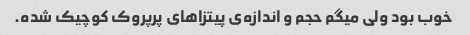
خوب بود ولی میگم حجم و اندازه‌ی پیتزاهای پرپروک کوچیک شده.